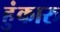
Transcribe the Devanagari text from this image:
हुंकारु